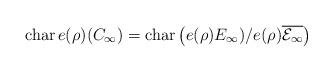
LaTeX: \begin{align*}{\rm char}\, e(\rho)(C_\infty) = {\rm char}\left(e(\rho)E_\infty)/e(\rho)\overline{\mathcal{E}_\infty}\right)\end{align*}